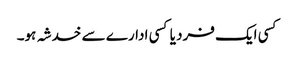
کسی ایک فرد یا کسی ادارے سے خدشہ ہو۔